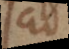
ad